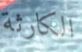
الكارثة